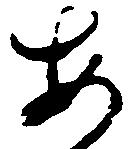
安